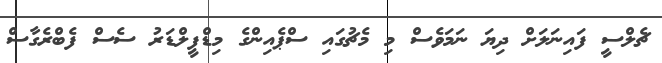
ޗެލްސީ ފައިނަލަށް ދިޔަ ނަމަވެސް މި މެޗުގައި ސްޕެއިންގެ މިޑްފީލްޑަރު ސެސް ފެބްރެގާސް